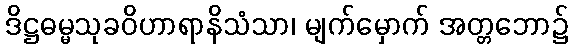
ဒိဋ္ဌဓမ္မသုခဝိဟာရာနိသံသာ၊ မျက်မှောက် အတ္တဘော၌